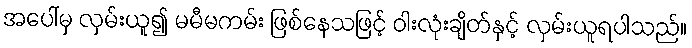
အပေါ်မှ လှမ်းယူ၍ မမီမကမ်း ဖြစ်နေသဖြင့် ဝါးလုံးချိတ်နှင့် လှမ်းယူရပါသည်။